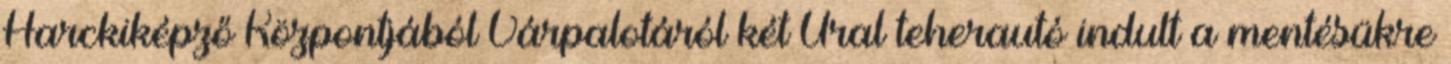
Harckiképző Központjából Várpalotáról két Ural teherautó indult a mentésükre